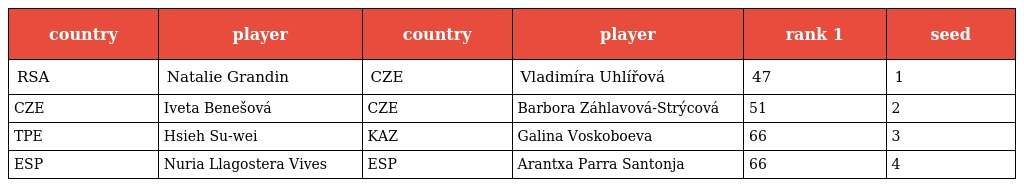
| country | player | country | player | rank 1 | seed |
 | --- | --- | --- | --- | --- | --- |
 | RSA | Natalie Grandin | CZE | Vladimíra Uhlířová | 47 | 1 |
 | CZE | Iveta Benešová | CZE | Barbora Záhlavová-Strýcová | 51 | 2 |
 | TPE | Hsieh Su-wei | KAZ | Galina Voskoboeva | 66 | 3 |
 | ESP | Nuria Llagostera Vives | ESP | Arantxa Parra Santonja | 66 | 4 |